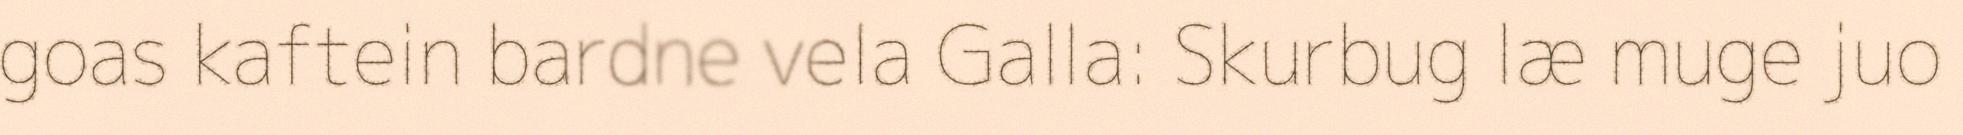
goas kaftein bardne vela Galla: Skurbug læ muge juo